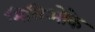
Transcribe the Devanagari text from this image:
मिलिओके